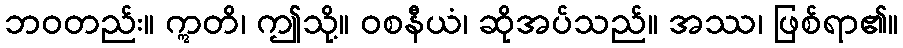
ဘဝတည်း။ ဣတိ၊ ဤသို့။ ဝစနီယံ၊ ဆိုအပ်သည်။ အဿ၊ ဖြစ်ရာ၏။